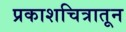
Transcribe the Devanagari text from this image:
प्रकाशचित्रातून